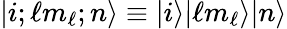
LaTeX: |i;\ell m_{\ell};n\rangle\equiv|i\rangle|\ell m_{\ell}\rangle|n\rangle